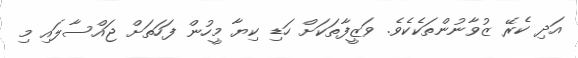
އަދި ކެރޭ ޒުވާނުންތަކެކެވެ. ވަޒީފާތަކަށް ހަޑި ކިޔާ މީހުން ފަހަތަށް ޖައްސާލައި މި